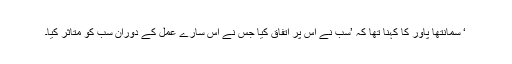
‘ سمانتھا پاور کا کہنا تھا کہ ’سب نے اس پر اتفاق کیا جس نے اس سارے عمل کے دوران سب کو متاثر کیا۔